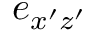
e _ { x ^ { \prime } z ^ { \prime } }